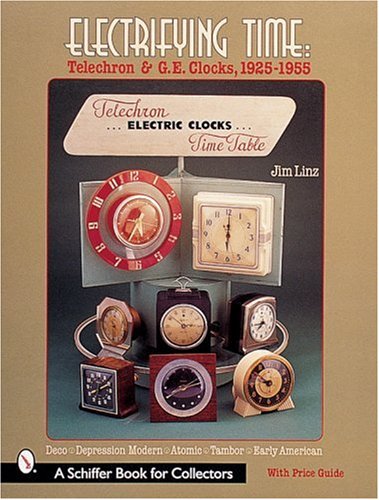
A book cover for Electrifying Time: Telechron and G. E. Clocks 1925-55; Jim Linz; Crafts, Hobbies & Home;